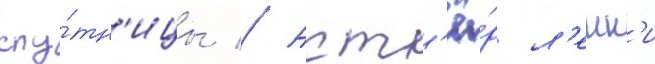
спу́тн'ицы // Акт'ё́р л'енн'и